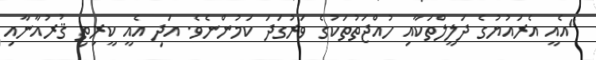
"އެއީ އެރައުޔުގެ ދަލީލްތަކާއި ހުއްޖަތުތަކުގެ ވަރުގަދަ ކަމުންނެވެ. އަދި އެއީ ކީރިތި ޤުރުއާނާއި